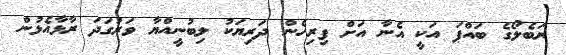
ރަބެލޯގެ ބައްޕަ އަކީ އެނާ އަށް ފިރިހެން ދަރިޔަކު ލިބުނީއްޔާ ވަރުގަދަ ރާޅާއެޅުން